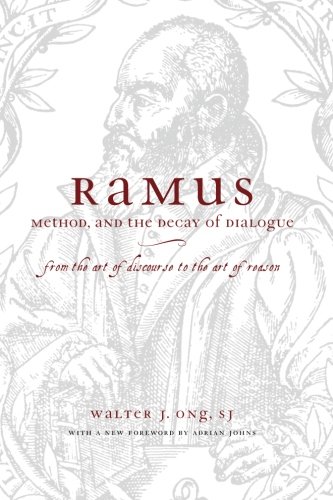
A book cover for Ramus, Method, and the Decay of Dialogue: From the Art of Discourse to the Art of Reason; Walter J. Ong  S.J.; Politics & Social Sciences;